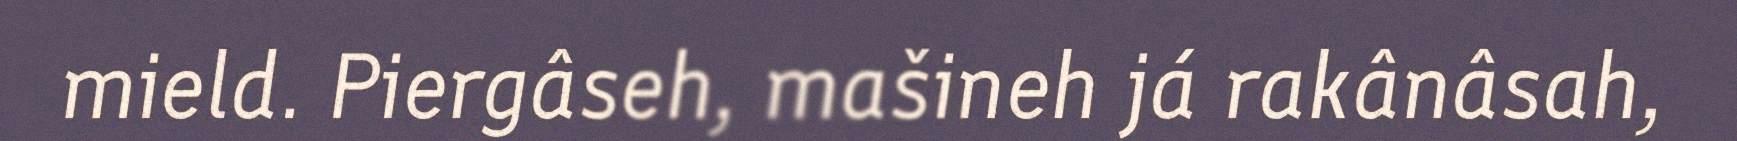
mield. Piergâseh, mašineh já rakânâsah,